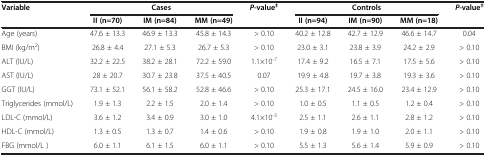
<table><thead><tr><td><b>Variable</b></td><td colspan="3"><b>Cases</b></td><td><b><i>P</i>-value<sup>‡</sup></b></td><td colspan="3"><b>Controls</b></td><td><b><i>P</i>-value<sup>‡</sup></b></td></tr><tr><td>[EMPTY_CELL]</td><td><b>II (n=70)</b></td><td><b>IM (n=84)</b></td><td><b>MM (n=49)</b></td><td>[EMPTY_CELL]</td><td><b>II (n=94)</b></td><td><b>IM (n=90)</b></td><td><b>MM (n=18)</b></td><td>[EMPTY_CELL]</td></tr></thead><tbody><tr><td>Age (years)</td><td>47.6 ± 13.3</td><td>46.9 ± 13.3</td><td>45.8 ± 14.3</td><td>&gt; 0.10</td><td>40.2 ± 12.8</td><td>42.7 ± 12.9</td><td>46.6 ± 14.7</td><td>0.04</td></tr><tr><td>BMI (kg/m<sup>2</sup>)</td><td>26.8 ± 4.4</td><td>27.1 ± 5.3</td><td>26.7 ± 5.3</td><td>&gt; 0.10</td><td>23.0 ± 3.1</td><td>23.8 ± 3.9</td><td>24.2 ± 2.9</td><td>&gt; 0.10</td></tr><tr><td>ALT (IU/L)</td><td>32.2 ± 22.5</td><td>38.2 ± 28.1</td><td>72.2 ± 59.0</td><td>1.1×10<sup>-7</sup></td><td>17.4 ± 9.2</td><td>16.5 ± 7.1</td><td>17.5 ± 5.6</td><td>&gt; 0.10</td></tr><tr><td>AST (IU/L)</td><td>28 ± 20.7</td><td>30.7 ± 23.8</td><td>37.5 ± 40.5</td><td>0.07</td><td>19.9 ± 4.8</td><td>19.7 ± 3.8</td><td>19.3 ± 3.6</td><td>&gt; 0.10</td></tr><tr><td>GGT (IU/L)</td><td>73.1 ± 52.1</td><td>56.1 ± 58.2</td><td>52.8 ± 46.6</td><td>&gt; 0.10</td><td>25.3 ± 17.1</td><td>24.5 ± 16.0</td><td>23.4 ± 12.9</td><td>&gt; 0.10</td></tr><tr><td>Triglycerides (mmol/L)</td><td>1.9 ± 1.3</td><td>2.2 ± 1.5</td><td>2.0 ± 1.4</td><td>&gt; 0.10</td><td>1.0 ± 0.5</td><td>1.1 ± 0.5</td><td>1.2 ± 0.4</td><td>&gt; 0.10</td></tr><tr><td>LDL-C (mmol/L)</td><td>3.6 ± 1.2</td><td>3.4 ± 0.9</td><td>3.0 ± 1.0</td><td>4.1×10<sup>-3</sup></td><td>2.5 ± 1.1</td><td>2.6 ± 1.1</td><td>2.8 ± 1.2</td><td>&gt; 0.10</td></tr><tr><td>HDL-C (mmol/L)</td><td>1.3 ± 0.5</td><td>1.3 ± 0.7</td><td>1.4 ± 0.6</td><td>&gt; 0.10</td><td>1.9 ± 0.8</td><td>1.9 ± 1.0</td><td>2.0 ± 1.1</td><td>&gt; 0.10</td></tr><tr><td>FBG (mmol/L )</td><td>6.0 ± 1.1</td><td>6.1 ± 1.5</td><td>6.0 ± 1.1</td><td>&gt; 0.10</td><td>5.5 ± 1.3</td><td>5.6 ± 1.4</td><td>5.9 ± 0.9</td><td>&gt; 0.10</td></tr></tbody></table>